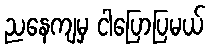
ညနေကျမှ ငါပြောပြမယ်